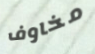
مخاوف